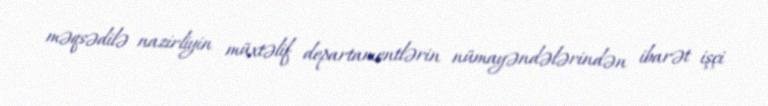
məqsədilə nazirliyin müxtəlif departamentlərin nümayəndələrindən ibarət işçi